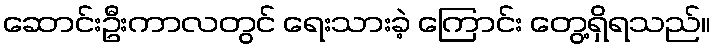
ဆောင်းဦးကာလတွင် ရေးသားခဲ့ ကြောင်း တွေ့ရှိရသည်။